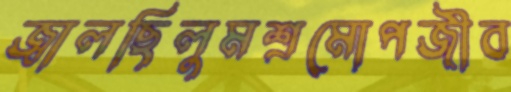
জ্বালছিলুমশ্রমোপজীব